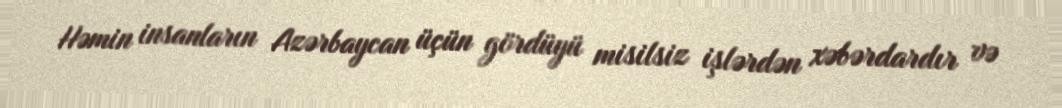
Həmin insanların Azərbaycan üçün gördüyü misilsiz işlərdən xəbərdardır və